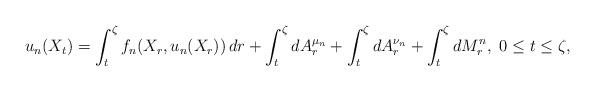
\begin{align*}u_n(X_{t})=\int_{t}^{\zeta}f_n(X_r,u_n(X_r))\,dr+\int_{t}^{\zeta}dA_{r}^{\mu_n}+\int_{t}^{\zeta}dA_{r}^{\nu_n} +\int_{t}^{\zeta}dM^n_{r},\,\, 0\le t\le\zeta,\end{align*}